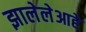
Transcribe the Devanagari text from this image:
झालेलेआहे